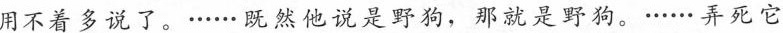
用不着多说了。······既然他说是野狗，那就是野狗。······弄死它